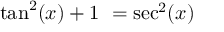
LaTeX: \tan ^ { 2 } ( x ) + 1 \ = \sec ^ { 2 } ( x )